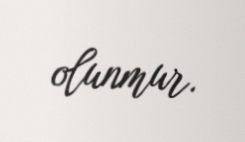
olunmur.